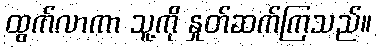
ထွက်လာကာ သူ့ကို နှုတ်ဆက်ကြသည်။